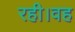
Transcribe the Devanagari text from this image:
रही।वह